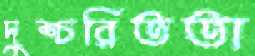
দুশ্চরিততা